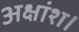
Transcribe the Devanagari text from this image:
अक्षांश।